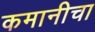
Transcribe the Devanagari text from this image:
कमानीचा